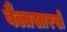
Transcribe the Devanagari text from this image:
बैलासारखे